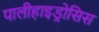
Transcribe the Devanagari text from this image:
पालीहाइड्रोसिस